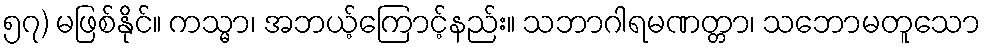
၅၇) မဖြစ်နိုင်။ ကသ္မာ၊ အဘယ့်ကြောင့်နည်း။ သဘာဂါရမဏတ္တာ၊ သဘောမတူသော